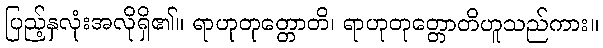
ပြည့်နှလုံးအလိုရှိ၏။ ရာဟုတုတ္တောတိ၊ ရာဟုတုတ္တောတိဟူသည်ကား။